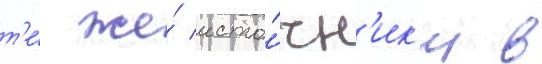
т'е́ же́ исто́чн'ик'и в